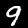
Label: 9